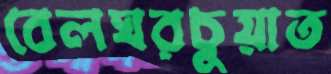
বেলঘরচুয়াত